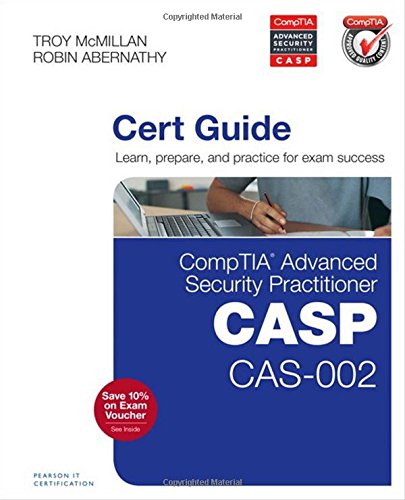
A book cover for CompTIA Advanced Security Practitioner (CASP) CAS-002 Cert Guide; Robin Abernathy; Computers & Technology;